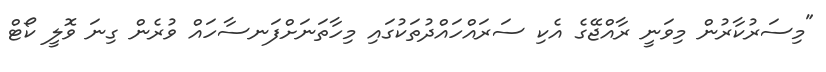
"މިސަރުކާރުން މިވަނީ ރާއްޖޭގެ އެކި ސަރައްހައްދުތަކުގައި މިހާތަނަށްފަނސާހައް ވުރެން ގިނަ ވޮލީ ކޯޓް